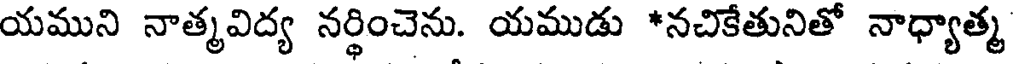
యముని నాత్మవిద్య నర్థించెను. యముడు *నచికేతునితో నాధ్యాత్మ